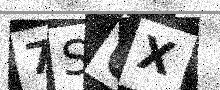
Text: 7S0X